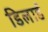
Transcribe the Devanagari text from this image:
डिलार्ड